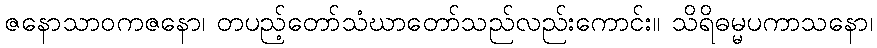
ဇနောသာဝကဇနော၊ တပည့်တော်သံဃာတော်သည်လည်းကောင်း။ သိရိဓမ္မပကာသနော၊